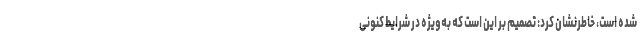
شده است، خاطرنشان کرد: تصمیم بر این است که به‌ویژه در شرایط کنونی